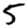
Digit: 5